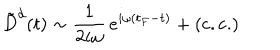
\: \tilde { D } ^ { d } ( t ) \sim \frac { 1 } { 2 i \omega } \, e ^ { i \omega ( t _ { F } - t ) } + ( \mathrm { c . c . } ) \: